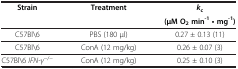
<table><thead><tr><td><b>Strain</b></td><td><b>Treatment</b></td><td><b><i>k</i><sub>c</sub></b></td></tr><tr><td><b> </b></td><td><b> </b></td><td><b>(μM O<sub>2</sub>min<sup>-1</sup>· mg<sup>-1</sup>)</b></td></tr></thead><tbody><tr><td>C57Bl\6</td><td>PBS (180 μl)</td><td>0.27 ± 0.13 (11)</td></tr><tr><td>C57Bl\6</td><td>ConA (12 mg/kg)</td><td>0.26 ± 0.07 (3)</td></tr><tr><td>C57Bl\6 <i>IFN-γ</i><sup>−/−</sup></td><td>ConA (12 mg/kg)</td><td>0.25 ± 0.10 (3)</td></tr></tbody></table>